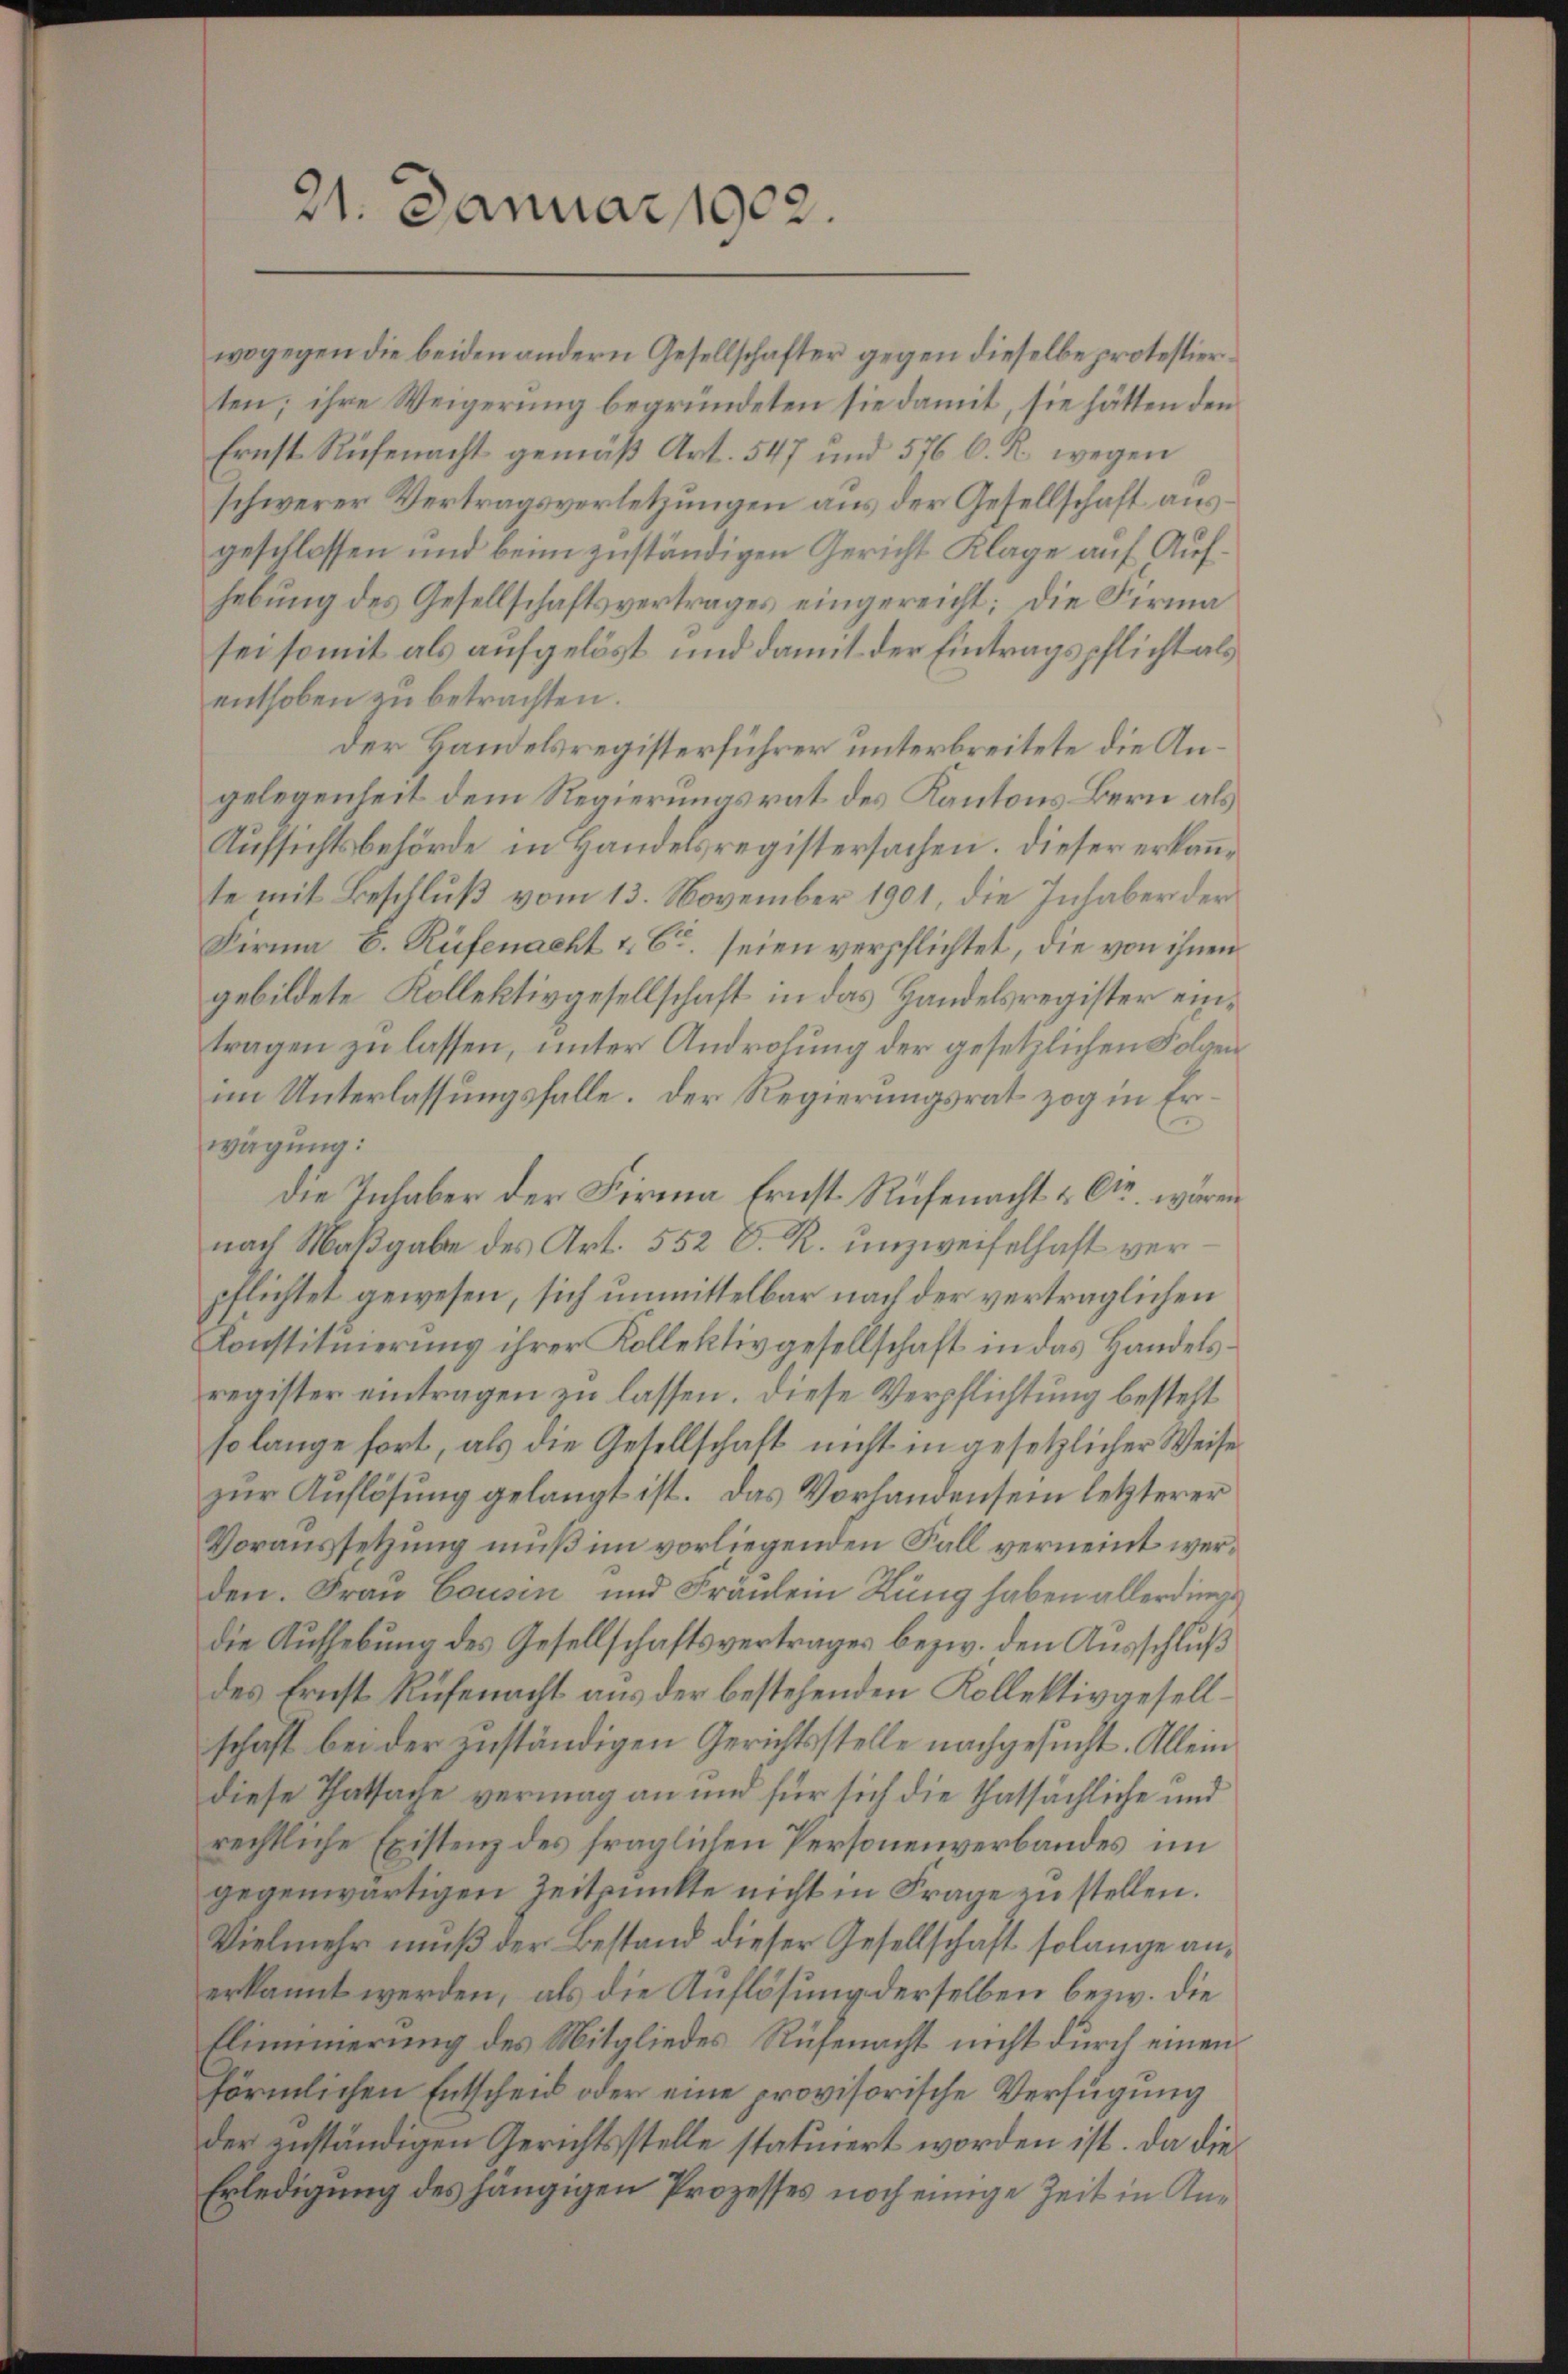
21. Januar 1902.

wogegen die beiden andern Gesellschafter gegen dieselbe protestierten; ihre Weigerung begründeten sie damit, sie hätten den
Ernst Rufenacht gemäß Art. 547 und 576 C. R. wegen
schwerer Vertragsverletzungen aus der Gesellschaft ausgeschlossen und beim zuständigen Gericht Klage auf Aufhebŭng des Gesellschaftsvertrages eingereicht; die Firma
sei somit als aufgelöst und damit der Eintragspflicht als
enthoben zu betrachten.
der Handelsregisterführer unterbreitete die Angelegenheit dem Regierungsrat des Kantons Bern als
Aufsichtsbehörde in Handelsregistersachen. Dieser erkannte mit Beschluß vom 13. November 1901, die Inhaber der
Firma E. Rüfenacht & Co. seien verpflichtet, die von ihnen
gebildete Kollektivgesellschaft in das Handelsregister eintragen zu lassen, unter Androhung der gesetzlichen Folgenim Unterlassungsfalle. Der Regierungsrat zog in Er¬
2
wägung:
die Inhaber der Firma Ernst. Rüfenacht u. Ctr. wären
nach Maßgabe des Art. 552 D. R. unzweifelhaft verpflichtet gewesen, sich unmittelbar nach der verträglichen
Konstituierung ihrer Kollektivgesellschaft in das Handelsregister eintragen zu lassen. Diese Verpflichtung besteht
so lange fort, als die Gesellschaft nicht in gesetzlicher Weise
zur Auflösung gelangt ist. Das Vorhandensein letzterer
Voraussetzung muß im vorliegenden Fall verneint werden. Frau Cousin und Fraulein Küng haben allerdings
die Aufhebung des Gesellschaftsvertrages bezw. den Ausschluß
des Ernst Rüfenacht aus der bestehenden Kollektivgesellschaft bei der zuständigen Gerichtsstelle nachgesucht. Allein
diese Thatsage vermag an und für sich die thatsächliche und
rechtliche Existenz des fraglichen Personenverbandes im
gegenwärtigen Zeitpunkte nicht in Frage zu stellen.
Vielmehr muß der Bestand dieser Gesellschaft solange anerkannt werden, als die Auflösung derselben bezw. die
Flimmerung des Mitgliedes Rüfenacht nicht durch einen
förmlichen Entscheid oder eine provisorische Verfügung
der zuständigen Gerichtsstelle statuiert worden ist. Da die
Erledigung des hängigen Prozesses noch einige Zeit in An¬